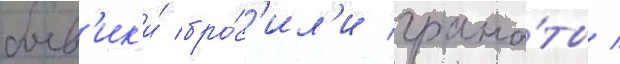
боев'ик'и́ бро́с'ил'и грана́ты /